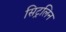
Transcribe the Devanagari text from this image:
सिट्रलिन